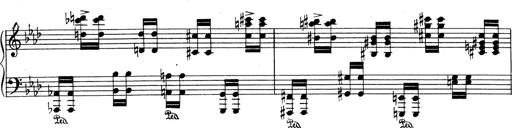
Title: Variationen Ã¼ber das Motiv von Bach
Composer: Franz Liszt